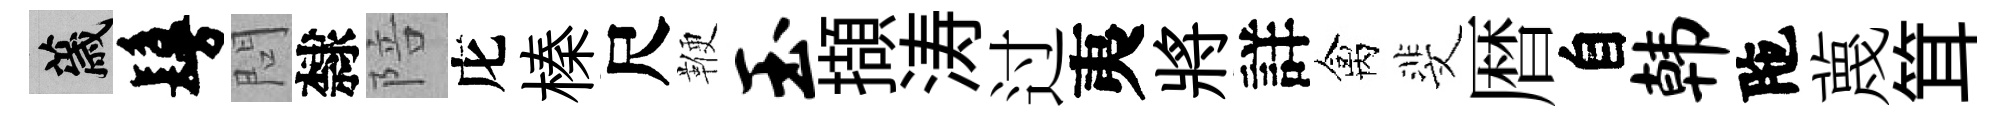
薉鬘問隸陪庀榛尺鞭玉擷涛过夷將詳禽斐暦自韩陁蔑䇯